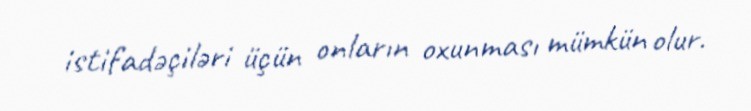
istifadəçiləri üçün onların oxunması mümkün olur.